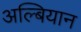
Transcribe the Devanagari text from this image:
अल्बियान